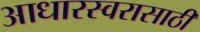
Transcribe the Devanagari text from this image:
आधारस्वरासाठी